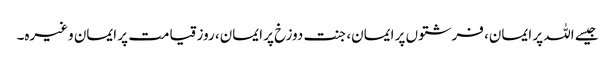
جیسے اللہ پر ایمان، فرشتوں پر ایمان، جنت دوزخ پر ایمان، روز قیامت پر ایمان وغیرہ۔